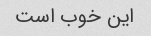
این خوب است